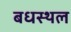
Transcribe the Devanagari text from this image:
बधस्थल